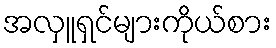
အလှူရှင်များကိုယ်စား